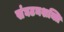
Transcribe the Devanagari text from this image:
संघटनशक्ति